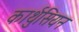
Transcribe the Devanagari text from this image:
कार्थुसियन